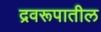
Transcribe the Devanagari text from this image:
द्रवरूपातील